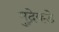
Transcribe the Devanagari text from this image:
मुद्रेकडे